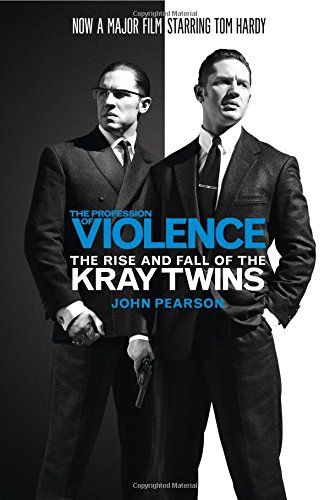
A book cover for The Profession of Violence; John Pearson; Biographies & Memoirs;